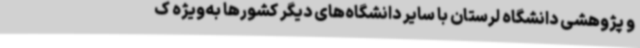
و پژوهشی دانشگاه لرستان با سایر دانشگاه‌های دیگر کشورها به‌ویژه ک